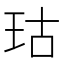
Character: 𪻕